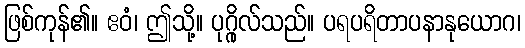
ဖြစ်ကုန်၏။ ဧဝံ၊ ဤသို့။ ပုဂ္ဂိုလ်သည်။ ပရပရိတာပနာနုယောဂ၊